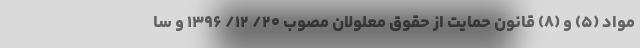
مواد (۵) و (۸) قانون حمایت از حقوق معلولان مصوب ۲۰/ ۱۲/ ۱۳۹۶ و سا